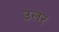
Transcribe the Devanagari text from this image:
उलर